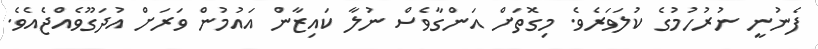
ފެނުނީ ނުރުހުމުގެ ކުލަވަރެވެ. މިގޮތަށް އަންގާވެސް ނުލާ ކައިޒާން އައުމުން ވަރަށް އުދަގޫވެއްޖެއެވެ.